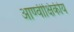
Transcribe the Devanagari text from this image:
आण्वीक्षिकीय